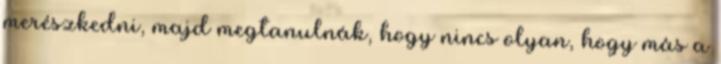
merészkedni, majd megtanulnák, hogy nincs olyan, hogy más a